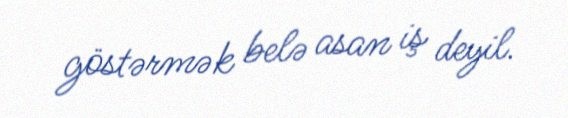
göstərmək belə asan iş deyil.